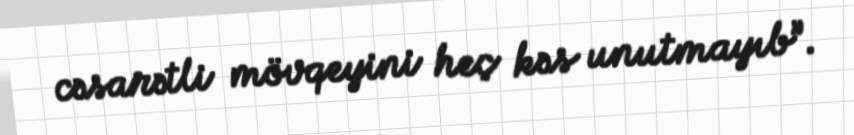
cəsarətli mövqeyini heç kəs unutmayıb”.